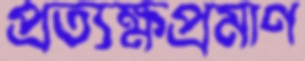
প্রত্যক্ষপ্রমাণ